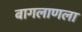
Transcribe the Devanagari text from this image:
बागलाणला